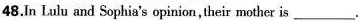
48.In Lulu and Sophia's opinion,their mother is ___.